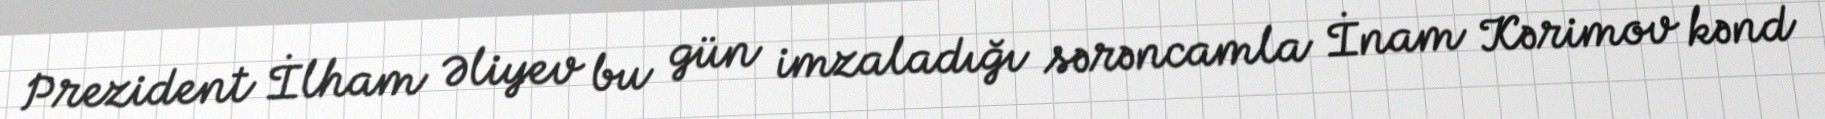
Prezident İlham Əliyev bu gün imzaladığı sərəncamla İnam Kərimov kənd